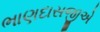
ભાણદાસજીએ